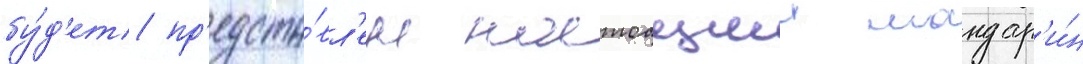
бу́д'ет пр'едста́вл'ен настоащии мандар'и́н